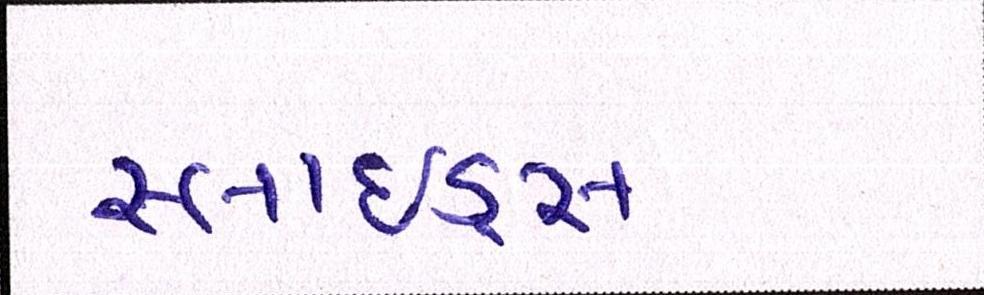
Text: સ્લાઇડ્સ